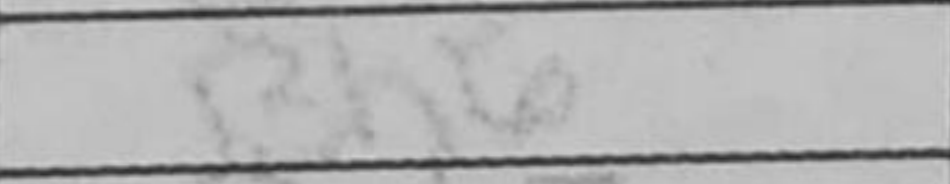
Transcription: Bh6